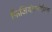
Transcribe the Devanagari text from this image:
फिजियोग्नोमिक